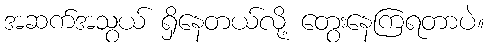
အဆက်အသွယ် ရှိနေတယ်လို့ တွေးနေကြရတာပဲ။